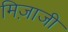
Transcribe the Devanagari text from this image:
मिज़ाजी